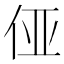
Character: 𱎫